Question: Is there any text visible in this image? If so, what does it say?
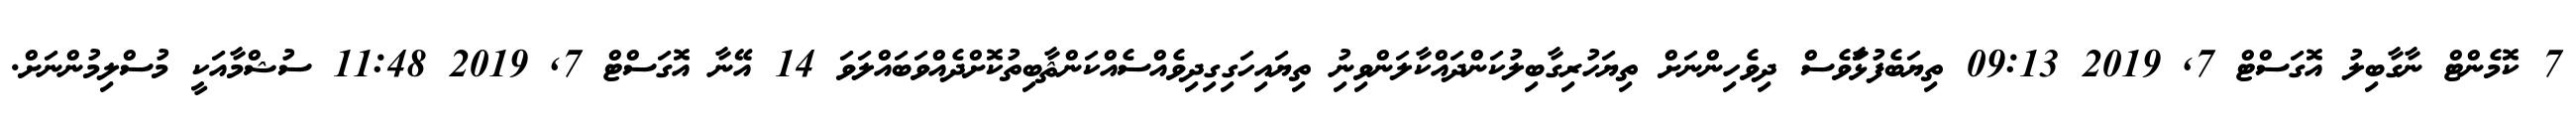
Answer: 7 ކޮމެންޓް ނާގާބިލު އޮގަސްޓް 7, 2019 09:13 ތިޔަބެފުޅަަާވެސް ދިވެހިންނަށް ތިޔަހުރިގާބިލުކަންދައްކާލަންވިނިު ތިޔައިހަގިގިދިވެއްސެއްކަންޘާބިތުކޮށްދެއްވަބައްލަވަ 14 އޭނާ އޮގަސްޓް 7, 2019 11:48 ސުޝްމާއަކީ މުސްލިމުންނަށް.